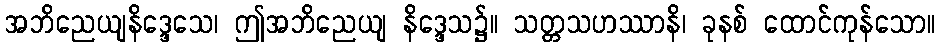
အဘိညေယျနိဒ္ဒေသေ၊ ဤအဘိညေယျ နိဒ္ဒေသ၌။ သတ္တသဟဿာနိ၊ ခုနစ် ထောင်ကုန်သော။